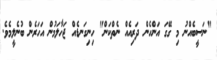
"ނަސީބެއްނު މި ގޭގަ އަންހެން ދަރިއެއް ނެތްކަން" ހިނިގަނޑެއް ޖަހާލަމުން އަހަރެން ބުނެލީމެވެ.